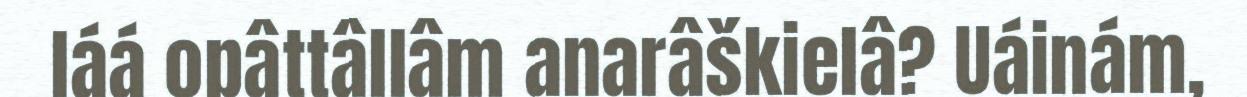
láá opâttâllâm anarâškielâ? Uáinám,